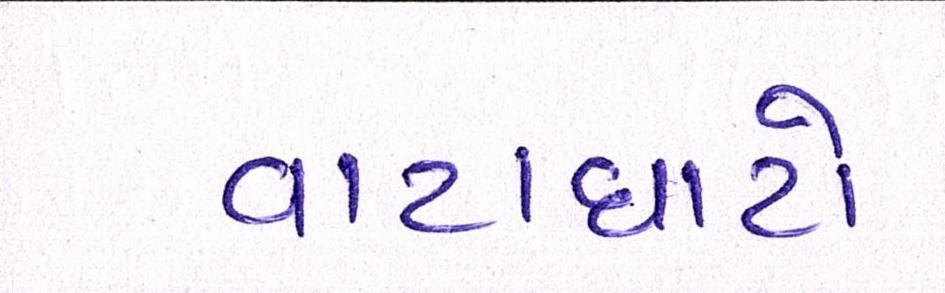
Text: વાટાઘાટો